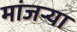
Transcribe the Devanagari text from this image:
मांजर्‍या